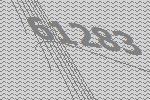
61283